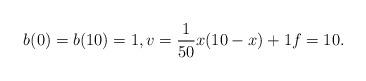
LaTeX: \begin{align*}b(0) = b(10) = 1, v = \frac{1}{50}x(10-x)+1f = 10.\end{align*}